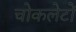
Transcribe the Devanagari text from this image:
चोकलेटों